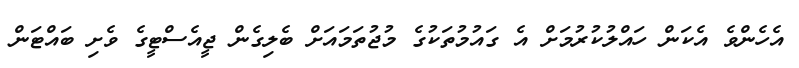
އެހެންވެ އެކަން ހައްލުކުރުމަށް އެ ގައުމުތަކުގެ މުޖުތަމައަށް ބެލިގެން ޖީއެސްޓީގެ ވެށި ބައްޓަން